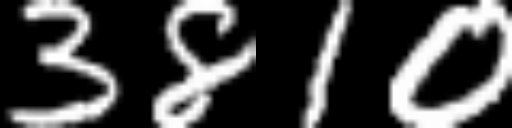
Text: 3810